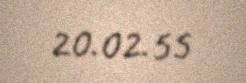
20.02.55